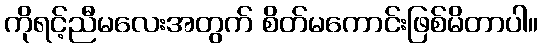
ကိုရင့်ညီမလေးအတွက် စိတ်မကောင်းဖြစ်မိတာပါ။